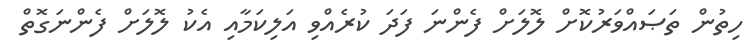
ހިތުން ތަޞައްވަރުކޮށް ލޮލަށް ފެންނަ ފަދަ ކުރެއްވި އަލިކަމާއި އެކު ލޮލަށް ފެންނަގޮތް